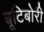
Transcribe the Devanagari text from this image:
बूटिबोरी